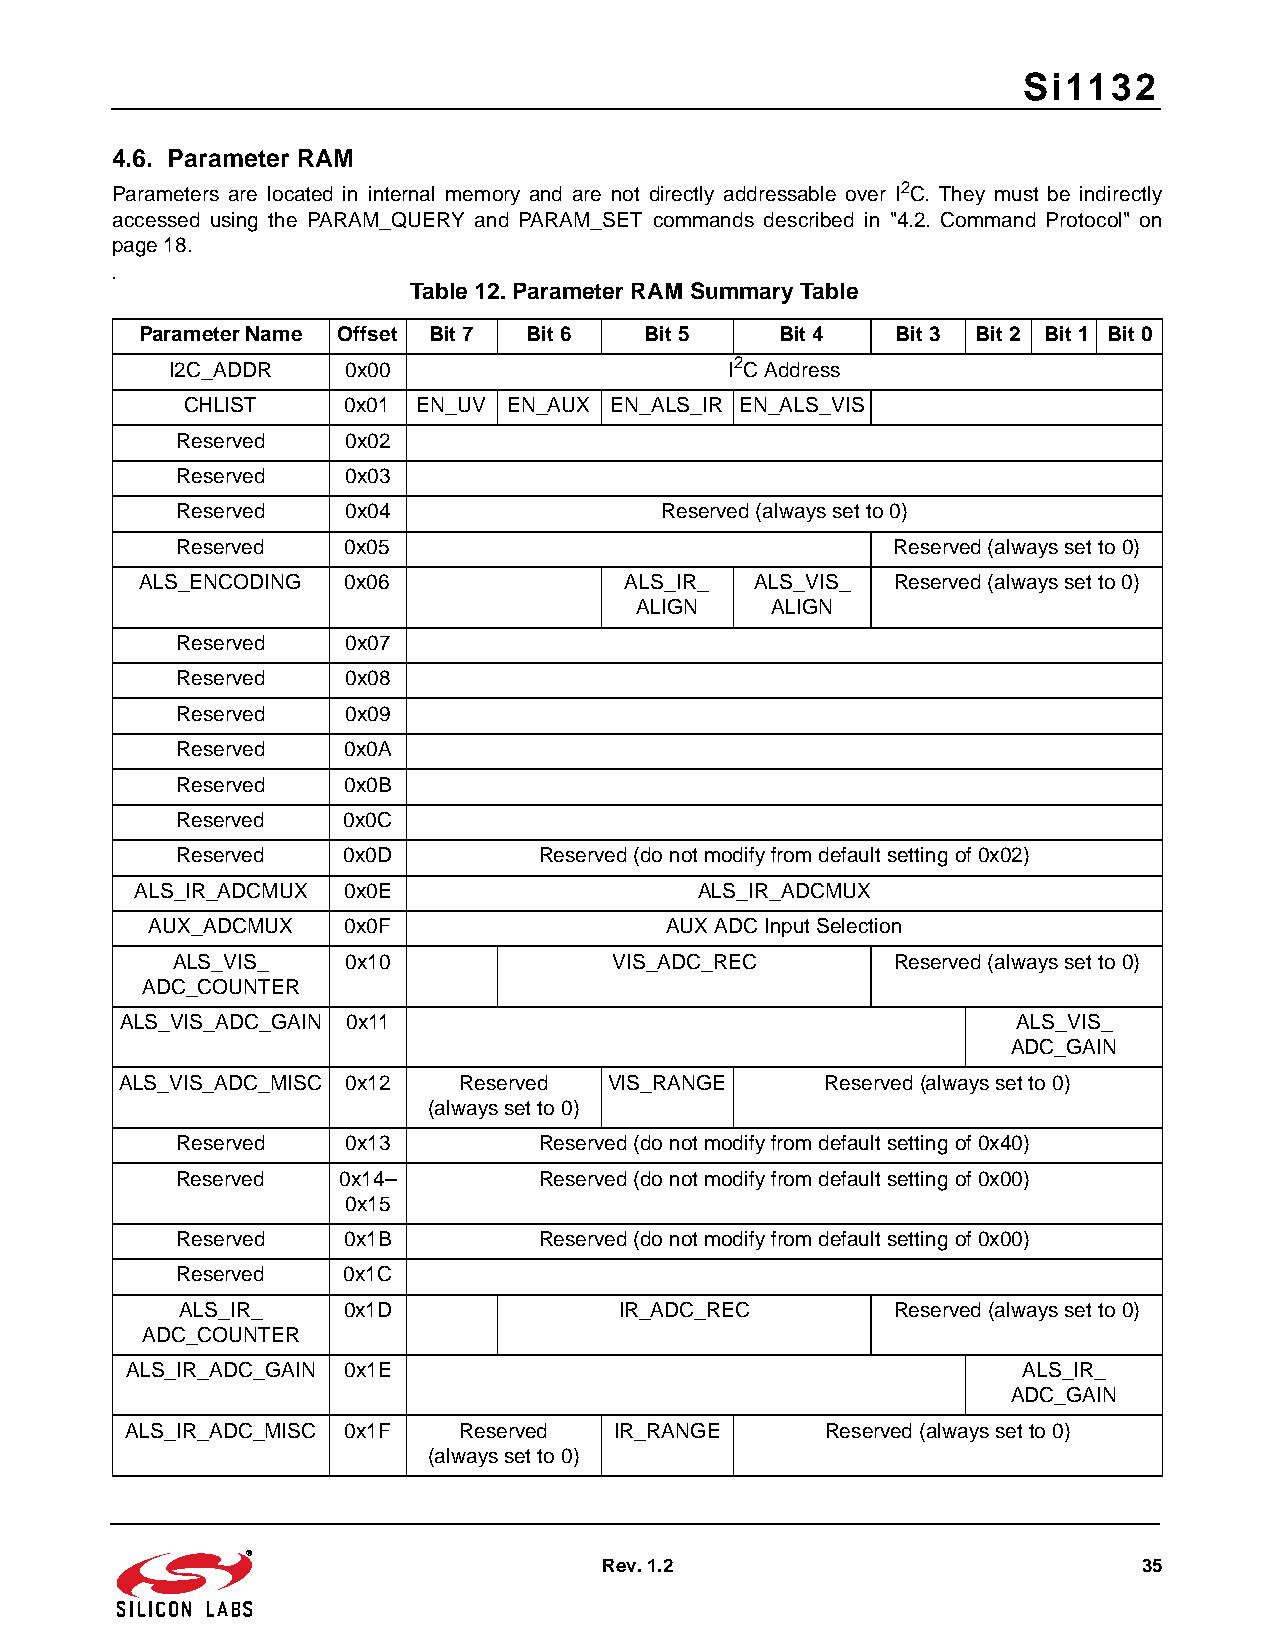
Si1132
 4.6. Parameter RAM
 Parameters are located in internal memory and are not directly addressable over I2C. They must be indirectly
 accessed using the PARAM_QUERY and PARAM_SET commands described in "4.2. Command Protocol" on
 page 18.
 .
 Table 12. Parameter RAM Summary Table
 Parameter Name Offset Bit 7 Bit 6 Bit 5    Bit 4  Bit 3 Bit 2 Bit 1 Bit 0
 I2C_ADDR    0x00                     I2C Address
 CHLIST     0x01 EN_UV EN_AUX EN_ALS_IR EN_ALS_VIS
 Reserved   0x02
 Reserved   0x03
 Reserved   0x04                 Reserved (always set to 0)
 Reserved   0x05                                Reserved (always set to 0)
 ALS_ENCODING  0x06              ALS_IR_  ALS_VIS_ Reserved (always set to 0)
 ALIGN    ALIGN
 Reserved   0x07
 Reserved   0x08
 Reserved   0x09
 Reserved   0x0A
 Reserved   0x0B
 Reserved   0x0C
 Reserved   0x0D         Reserved (do not modify from default setting of 0x02)
 ALS_IR_ADCMUX 0x0E                   ALS_IR_ADCMUX
 AUX_ADCMUX   0x0F                 AUX ADC Input Selection
 ALS_VIS_    0x10              VIS_ADC_REC       Reserved (always set to 0)
 ADC_COUNTER
 ALS_VIS_ADC_GAIN 0x11                                      ALS_VIS_
 ADC_GAIN
 ALS_VIS_ADC_MISC 0x12 Reserved  VIS_RANGE      Reserved (always set to 0)
 (always set to 0)
 Reserved   0x13         Reserved (do not modify from default setting of 0x40)
 Reserved  0x14–         Reserved (do not modify from default setting of 0x00)
 0x15
 Reserved   0x1B         Reserved (do not modify from default setting of 0x00)
 Reserved   0x1C
 ALS_IR_    0x1D              IR_ADC_REC        Reserved (always set to 0)
 ADC_COUNTER
 ALS_IR_ADC_GAIN 0x1E                                        ALS_IR_
 ADC_GAIN
 ALS_IR_ADC_MISC 0x1F  Reserved   IR_RANGE      Reserved (always set to 0)
 (always set to 0)
 Rev. 1.2                            35